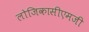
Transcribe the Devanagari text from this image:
लोजिकासीएमजी